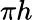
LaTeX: \pi h